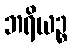
ဘရိယဉ္စ